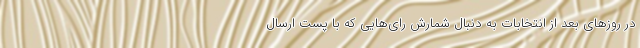
در روزهای بعد از انتخابات به دنبال شمارش رای‌هایی که با پست ارسال